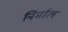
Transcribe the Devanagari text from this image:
निर्माल